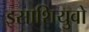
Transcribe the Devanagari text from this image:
इसाशियुवो